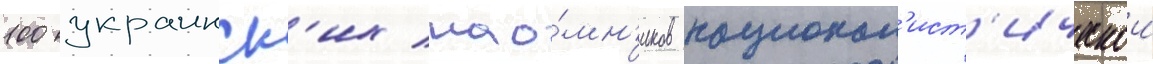
100 украинск'их нао́мн'иков национал'ист'ическои